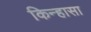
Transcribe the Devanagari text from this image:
किन्हासा